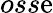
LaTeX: oss\mathrm{e}